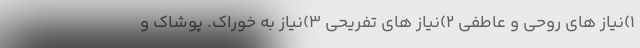
1)نیاز های روحی و عاطفی 2)نیاز های تفریحی 3)نیاز به خوراک. پوشاک و